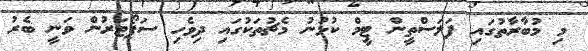
މި މުބާރާތުގައި ފަލަސްތީން ޓީމް ކުޅުނު މެޗުތަކުގައި ދިވެހި ސަޕޯޓަރުން ވަނީ ބެރު